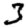
Digit: 3